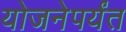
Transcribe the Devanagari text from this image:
योजनेपर्यंत